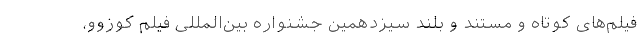
فیلم‌های کوتاه و مستند و بلند سیزدهمین جشنواره بین‌المللی فیلم کوزوو،